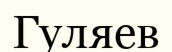
Гуляев